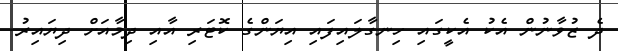
ދެ ޒުވާނުން އެކު އެކީގައި ހިނގާލައިފައި އިޔަންގެ ކޮޓަރި އާއި ދިމާއަށް ދިޔައިރު